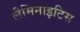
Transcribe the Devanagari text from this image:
लैमिनाइटिस